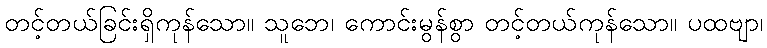
တင့်တယ်ခြင်းရှိကုန်သော။ သူဘေ၊ ကောင်းမွန်စွာ တင့်တယ်ကုန်သော။ ပထဗျာ၊